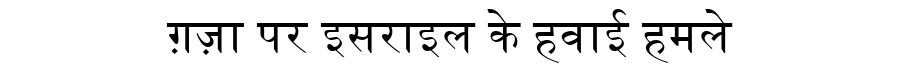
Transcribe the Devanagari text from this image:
ग़ज़ा पर इसराइल के हवाई हमले